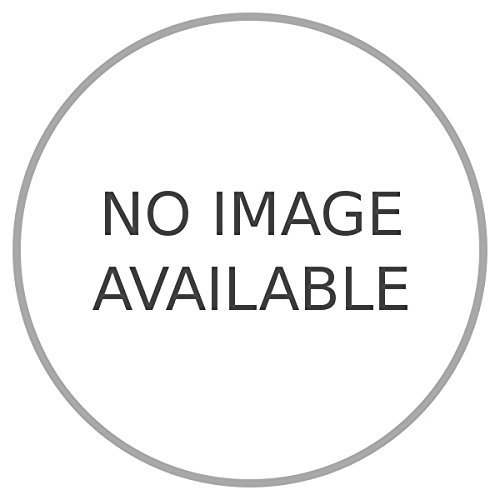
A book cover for La Somalia Italiana.; VOTA Giuseppe -; Travel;